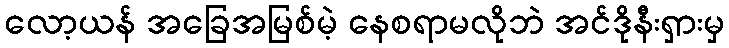
လော့ယန် အခြေအမြစ်မဲ့ နေစရာမလိုဘဲ အင်ဒိုနီးရှားမှ